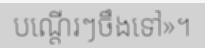
បណ្តើរៗចឹងទៅ»។